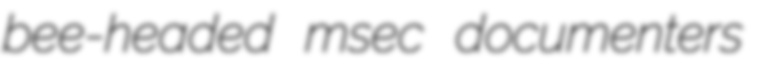
bee-headed msec documenters